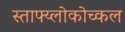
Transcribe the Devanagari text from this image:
स्ताफ्य्लोकोच्कल